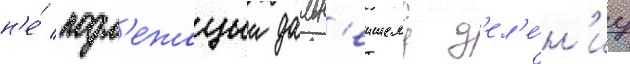
н'е́ подл'ежащии дальн'еишему д'ел'е́н'иу